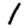
Digit: 1